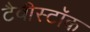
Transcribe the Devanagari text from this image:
टैवीस्टॉक